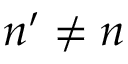
n ^ { \prime } \neq n